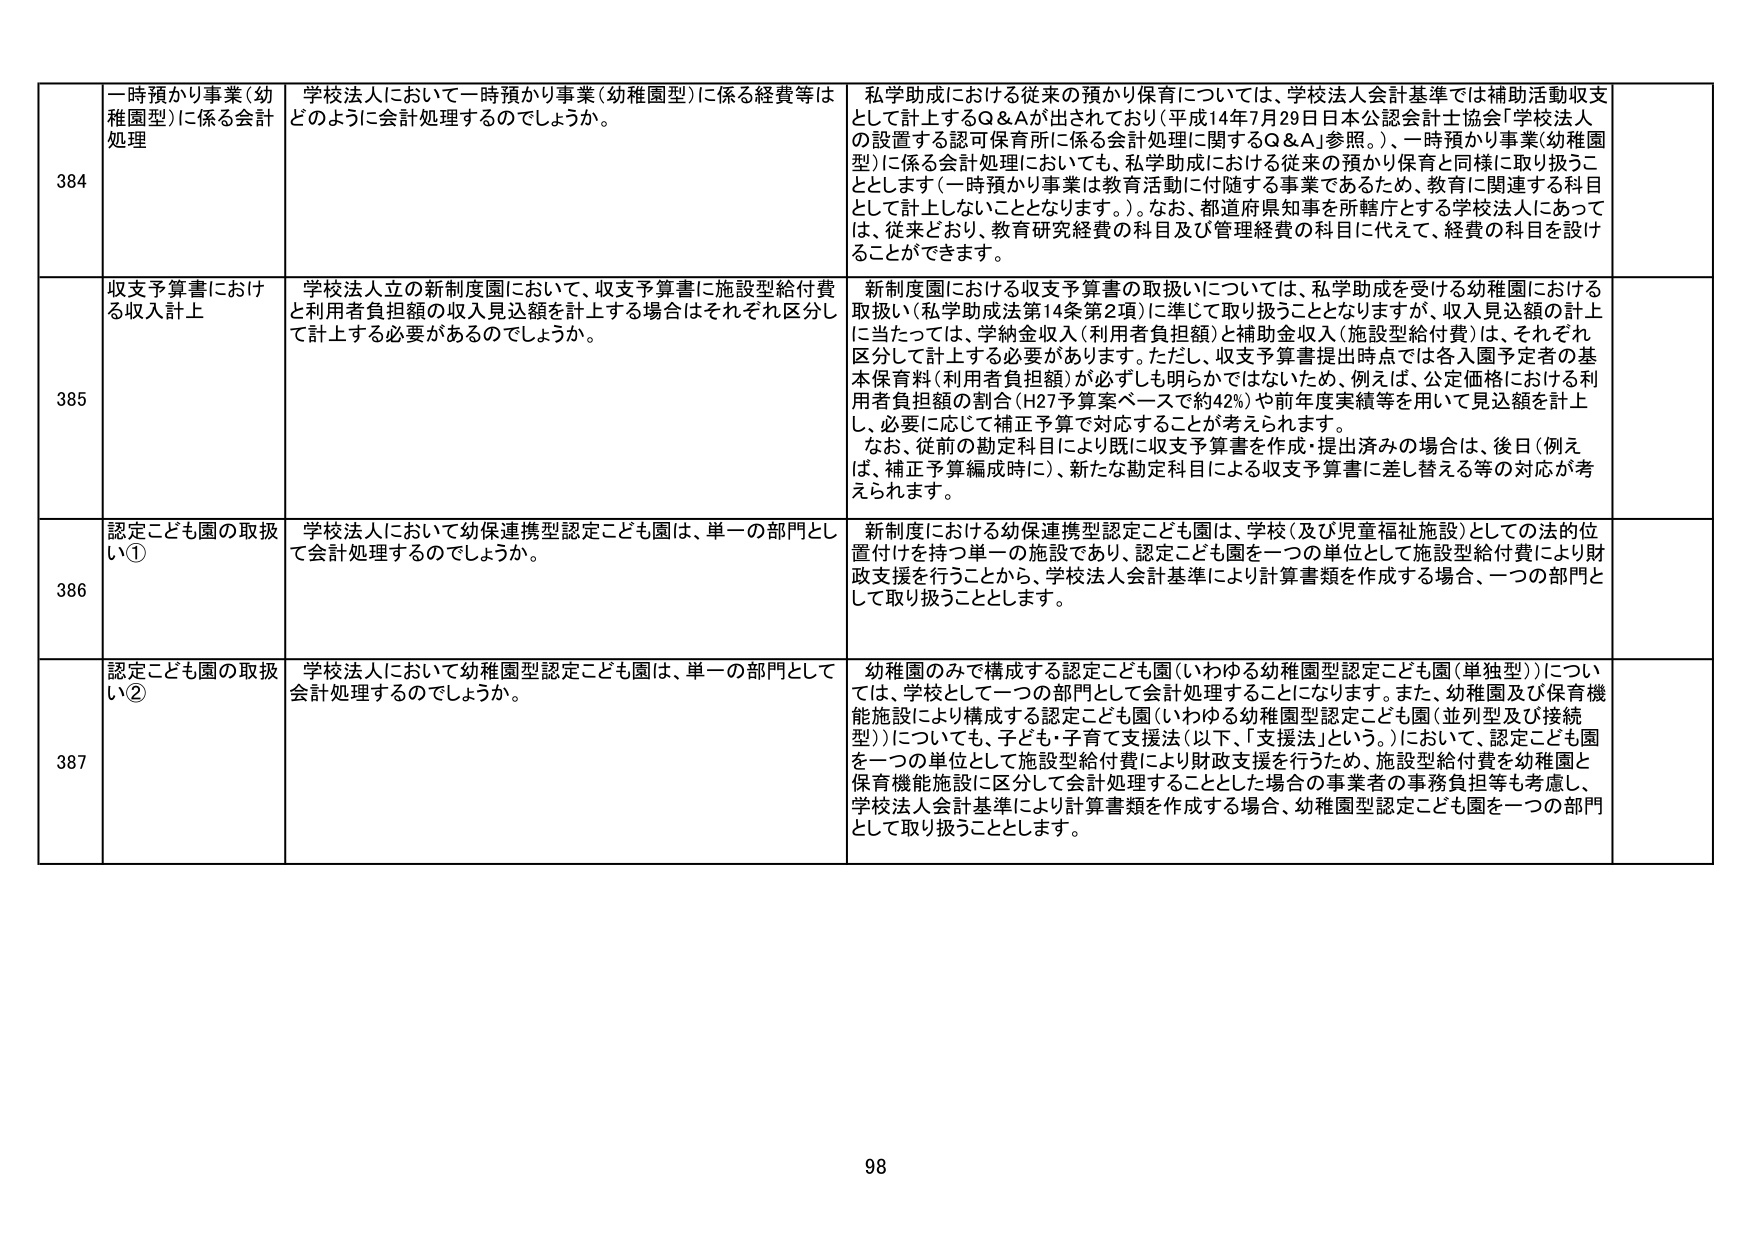
384 一時預かり事業（幼稚園型）に係る会計処理 学校法人において一時預かり事業（幼稚園型）に係る経費等はどのように会計処理するのでしょうか。 私学助成における従来の預かり保育については、学校法人会計基準では補助活動収支として計上するQ&Aが出されており（平成14年7月29日日本公認会計士協会「学校法人の設置する認可保育所に係る会計処理に関するQ&A」参照。）、一時預かり事業（幼稚園型）に係る会計処理においても、私学助成における従来の預かり保育と同様に取り扱うこととします（一時預かり事業は教育活動に付随する事業であるため、教育に関連する科目として計上しないこととなります。）。なお、都道府県知事を所轄庁とする学校法人にあっては、従来どおり、教育研究経費の科目及び管理経費の科目に代えて、経費の科目を設けることができます。

385 収支予算書における収入計上 学校法人立の新制度園において、収支予算書に施設型給付費と利用者負担額の収入見込額を計上する場合はそれぞれ区分して計上する必要があるのでしょうか。 新制度園における収支予算書の取扱いについては、私学助成を受ける幼稚園における取扱い（私学助成法第14条第2項）に準じて取り扱うこととなります。が、収入見込額の計上に当たっては、学納金収入（利用者負担額）と補助金収入（施設型給付費）は、それぞれ区分して計上する必要があります。ただし、収支予算書提出時点では各入園予定者の基本保育料（利用者負担額）が必ずしも明らかではないため、例えば、公定価格における利用者負担額の割合（H27予算案ベースで約42%）や前年度実績等を用いて見込額を計上し、必要に応じて補正予算で対応することが考えられます。 なお、従前の勘定科目により既に収支予算書を作成・提出済みの場合は、後日（例えば、補正予算編成時に）、新たな勘定科目による収支予算書に差し替える等の対応が考えられます。

386 認定こども園の取扱い① 学校法人において幼保連携型認定こども園は、単一の部門として会計処理するのでしょうか。 新制度における幼保連携型認定こども園は、学校（及び児童福祉施設）としての法的位置付けを持つ単一の施設であり、認定こども園を一つの単位として施設型給付費により財政支援を行うことから、学校法人会計基準により計算書類を作成する場合、一つの部門として取り扱うこととします。

387 認定こども園の取扱い② 学校法人において幼稚園型認定こども園は、単一の部門として会計処理するのでしょうか。 幼稚園のみで構成する認定こども園（いわゆる幼稚園型認定こども園（単独型））については、学校として一つの部門として会計処理することになります。また、幼稚園及び保育機能施設により構成する認定こども園（いわゆる幼稚園型認定こども園（並列型及び接続型））についても、子ども・子育て支援法（以下、「支援法」という。）において、認定こども園を一つの単位として施設型給付費により財政支援を行うため、施設型給付費を幼稚園と保育機能施設に区分して会計処理することとした場合の事業者の事務負担等も考慮し、学校法人会計基準により計算書類を作成する場合、幼稚園型認定こども園を一つの部門として取り扱うこととします。

98